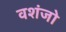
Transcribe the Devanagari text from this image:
वशंजो